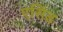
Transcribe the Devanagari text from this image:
एसिड